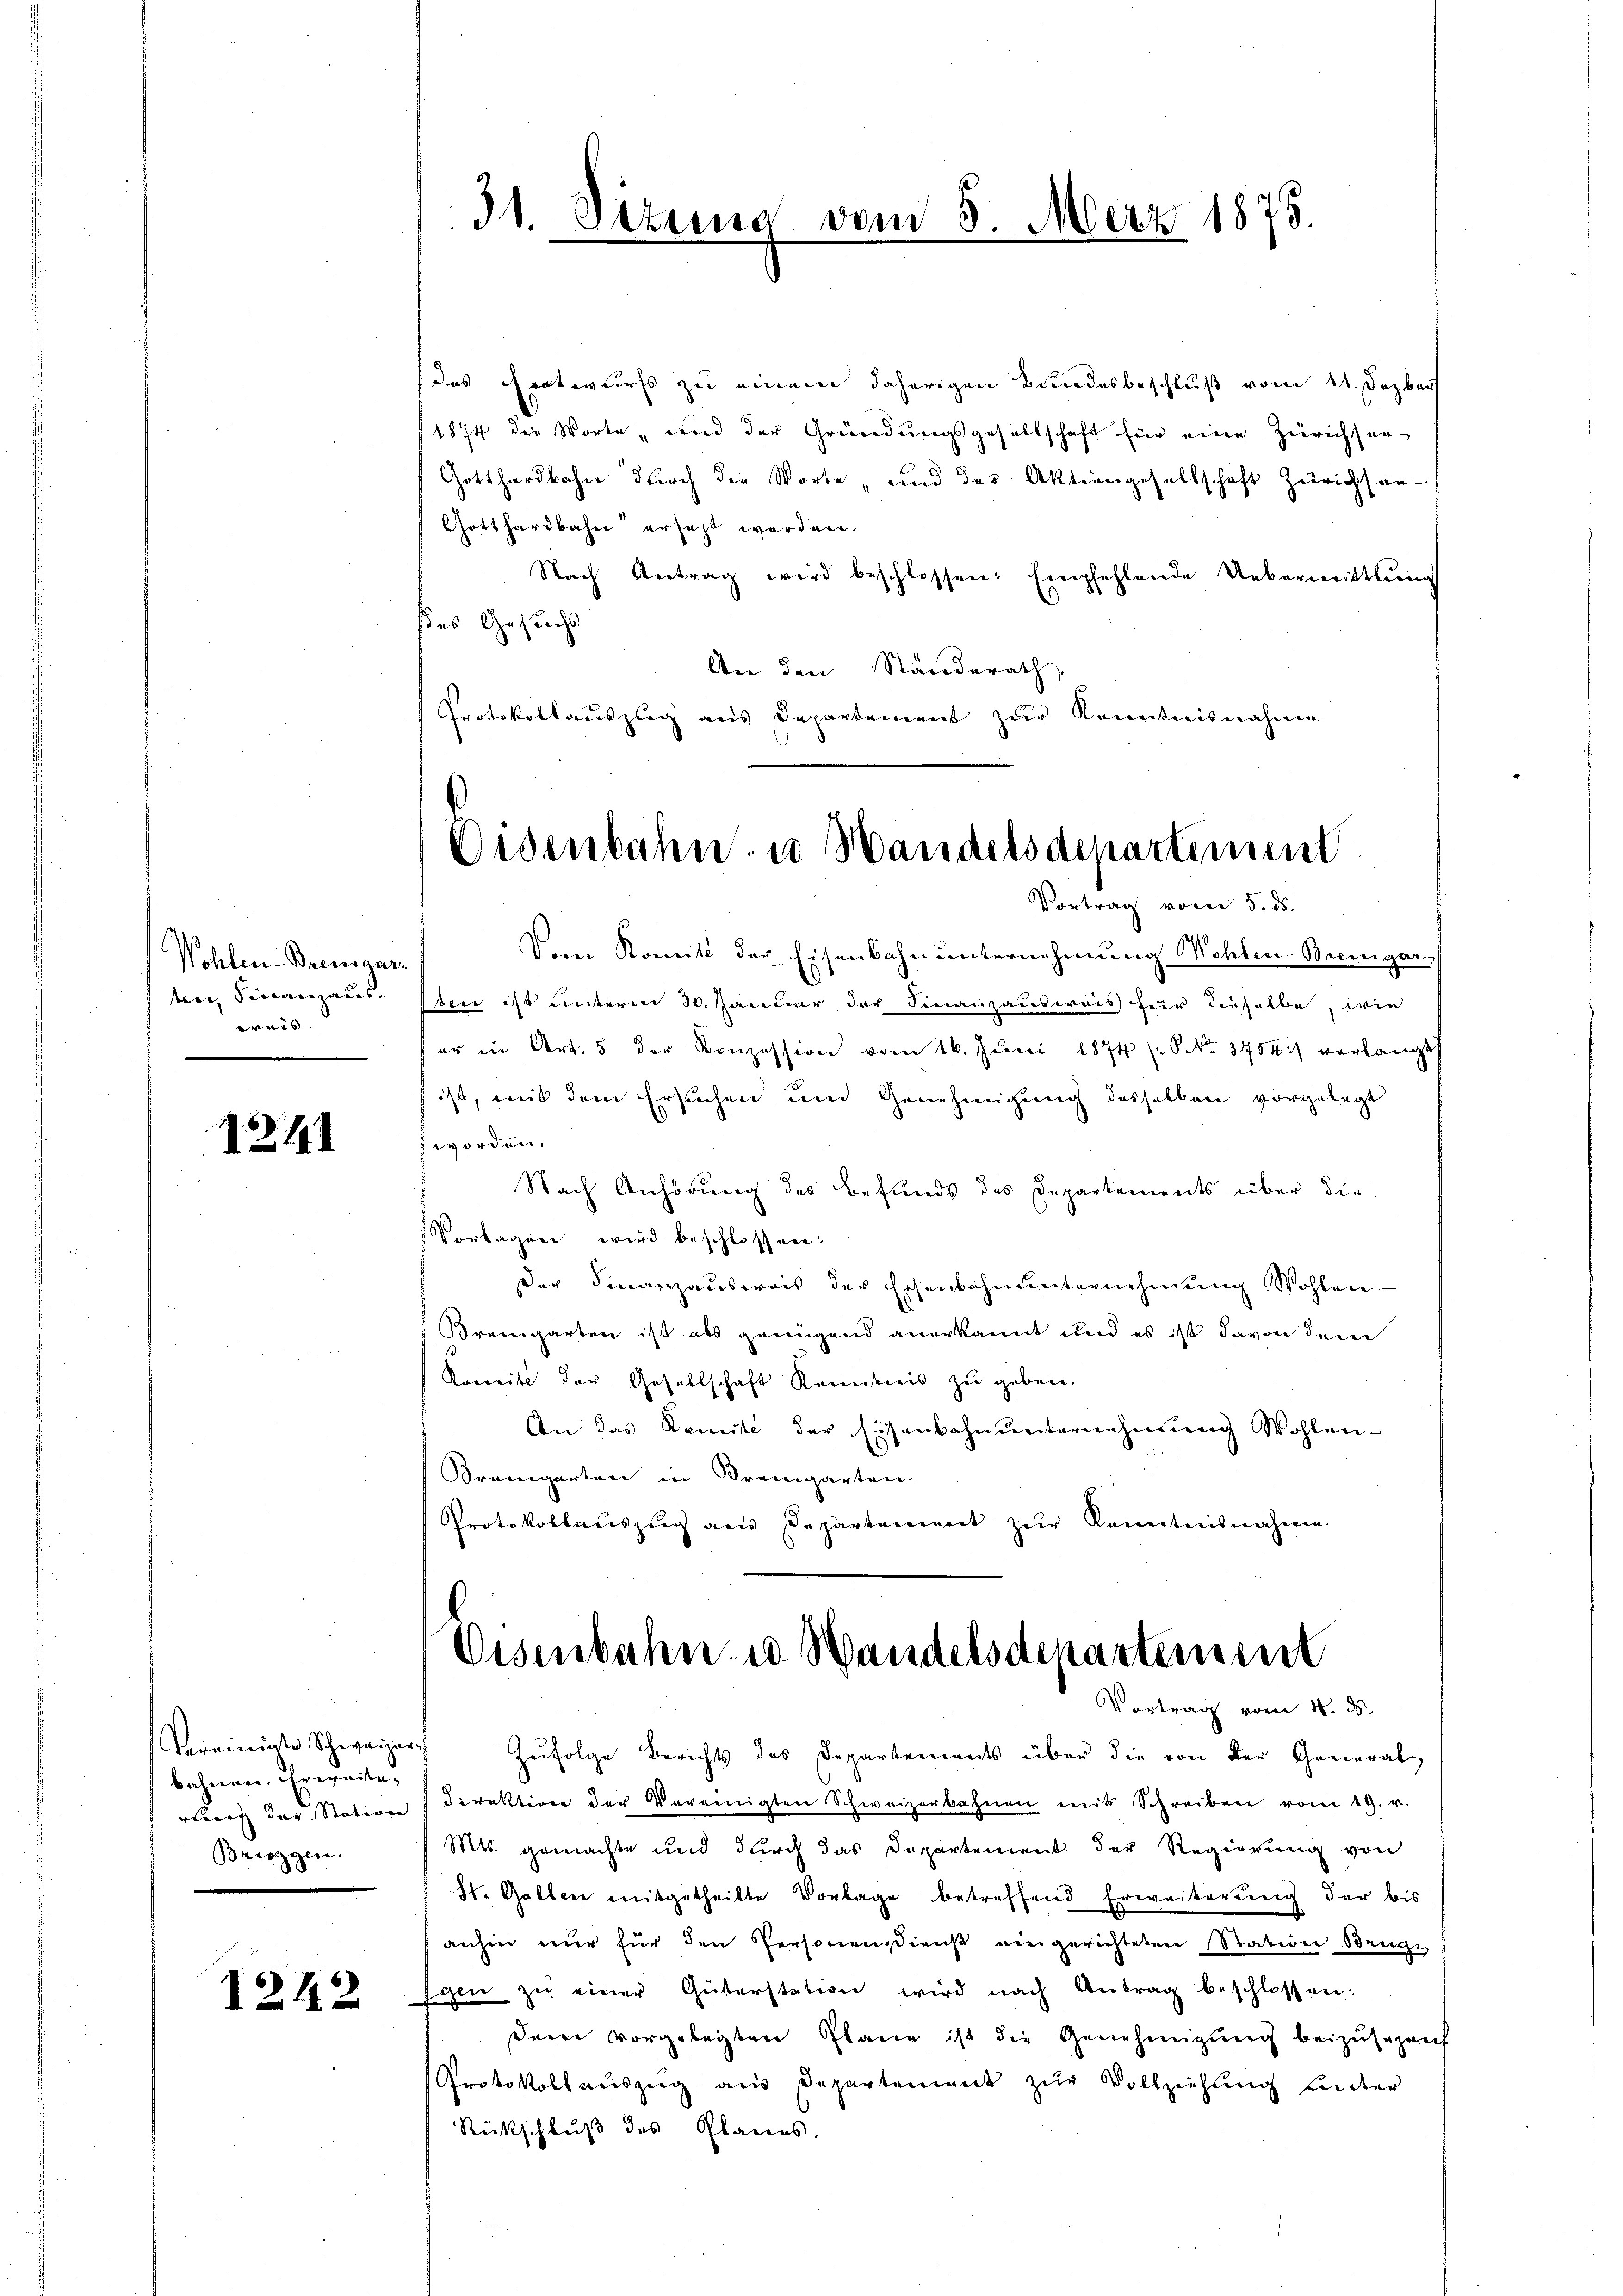
Wohlen-Bremgarten, Finanzaus.
ernis. |

1211

Vereinigte Schweizer-
bahnen. Erweiterenant der Station
Brizgen.

1242

das Entwurfs zu einem daherigen Bundesbeschluß vom 11. Dezber
1874 die Worte „und der Gründungsgesellschaft für eine Zürichsen-
Gotthardbahn durch die Worte, und der Aktiengesellschaft Zürichsen-
Gotthardbahn ersetzt werden.
Nach Antrag wird beschlossen: Empfehlende Uebermittlung
des Gesuchs
An den Standerath
Protokollauszug aus Departement zur Kenntnisnahmen

Vom Komité der Eisenbahn unternehmung Wahlen Bremgar
Jeser ist unterm 30. Januar der Finanzausweis für dieselbe, wie
er in Art. 5 der Konzession vom 16. Juni 1874 (6 NNo. 3754) verlangt
ist, mit dem Ersuchen und Genehmigung desselben vorgelegt
fworden.
Nach Anhörung des Befunds des Departements über die
Vorlagen wird beschlossen:
der Finanzausweis der Eisenbahnŭnternehmŭng Wohlen
Bremgarten ist als genügend anerkannt und es ist davon dem
Koweite der Gesellschaft Kenntnis zu geben.
An das Komite der Eisenbahnunternehmung Wohlen-
Bremgarten in Bremgarten
Protokollaceszeug aus Departanement zur Kenntnisnahmen.

31. Dirung

vom 3. März 1878.

Osenbahn u Handelsdepartement
Vortrag vom 5. ds.

Oisenbahn u. Handelsdepartement
Vortrag vom 4. ds.

Zufolge Berichts des Departements über die von der General-
direktion der Vereinigten Schweizerbahnen mit Schreiben vom 19. v.
Mts. gemachte und durch das Departement der Regierung von
St. Galler mitgetheilte Vorlage betreffend Erweiterung der bis
anhin nur für den Personendienst eingerichteten Station Bruge
Eisen zu einer Güterstation wird nach Antrag beschlossen:
Dein vorgelegten Plane ist die Genehmigung beizusezeich
Protokoll auszug aus Departement zŭr Vollziehung hinter
Rückschluß des Planes.